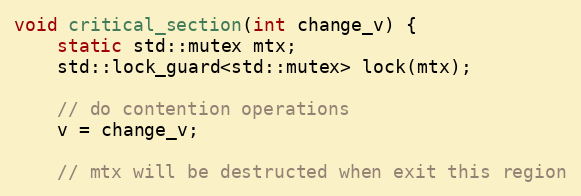
Language: C++
void critical_section(int change_v) {
    static std::mutex mtx;
    std::lock_guard<std::mutex> lock(mtx);

    // do contention operations
    v = change_v;

    // mtx will be destructed when exit this region